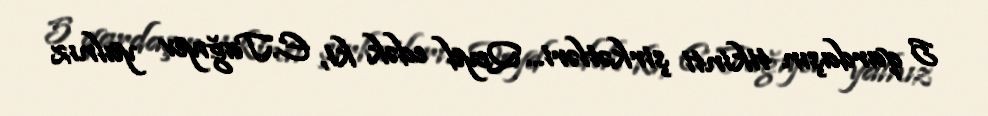
5 qardaşın tikinti şirkətləri... Qeyd edək ki, E.Tağıyev yalnız